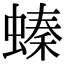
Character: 螓